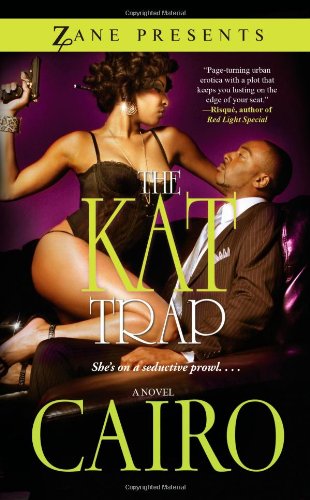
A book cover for The Kat Trap: A Novel (Zane Presents); Cairo; Romance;